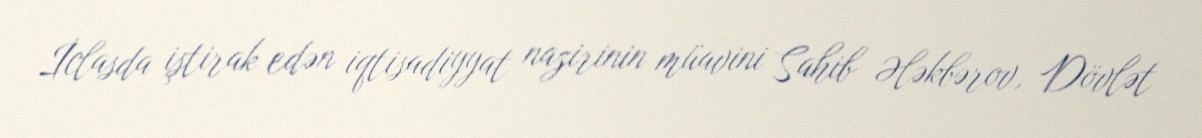
İclasda iştirak edən iqtisadiyyat nazirinin müavini Sahib Ələkbərov, Dövlət